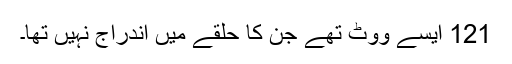
121 ایسے ووٹ تھے جن کا حلقے میں اندراج نہیں تھا۔